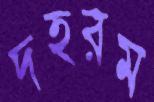
দহরম